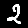
Digit: 2